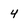
Character: 4